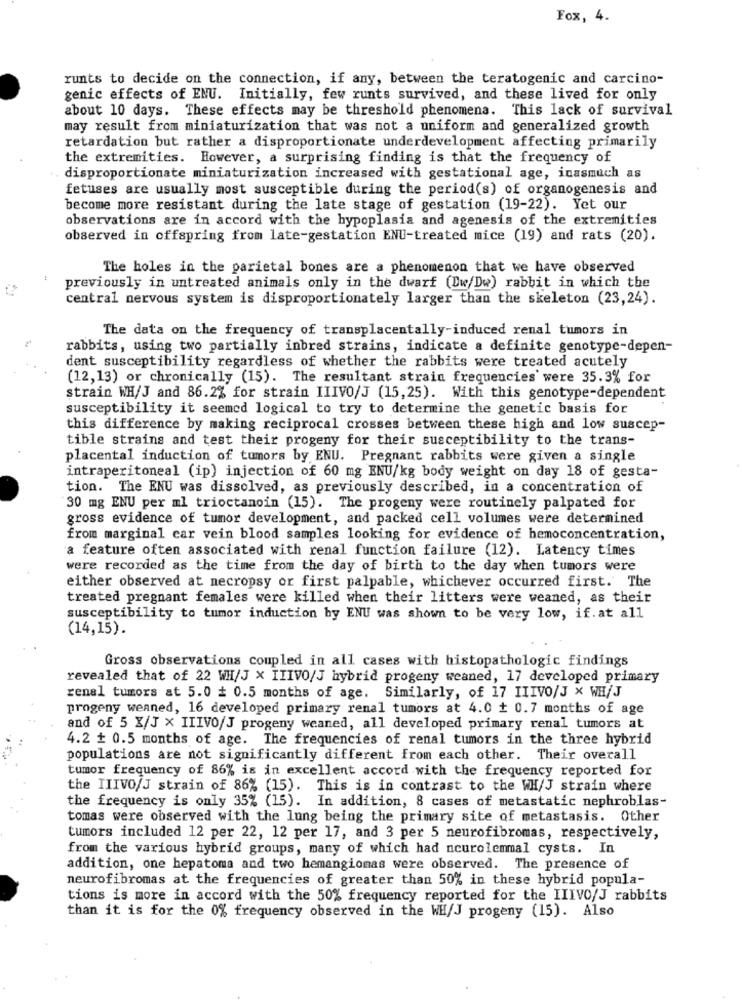
Fox, 4.
runts to decide on the connection, if any, between the teratogenic and carcino-
genic effects of ENU. Initially, few runts survived, and these lived for only
about 10 days. These effects may be threshold phenomena. This lack of survival
may result from miniaturization that was not a uniform and generalized growth
retardation but rather a disproportionate underdevelopment affecting primarily
the extremities. However, a surprising finding is that the frequency of
disproportionate miniaturization increased with gestational age, inasmuch as
fetuses are usually most susceptible during the period(s) of organogenesis and
become more resistant during the late stage of gestation (19-22). Yet our
observations are in accord with the hypoplasia and agenesis of the extremities
observed in offspring from late-gestation ENU-treated mice (19) and rats (20).
The holes in the parietal bones are a phenomenon that we have observed
previously in untreated animals only in the dwarf (Dw/Dw) rabbit in which the
central nervous system is disproportionately larger than the skeleton (23,24).
The data on the frequency of transplacentally-induced renal tumors in
rabbits, using two partially inbred strains, indicate a definite genotype-depen-
dent susceptibility regardless of whether the rabbits were treated acutely
(12,13) or chronically (15). The resultant strain frequencies were 35.3% for
strain WH/J and 86.2% for strain IIIVO/J (15,25). With this genotype-dependent
susceptibility it seemed logical to try to determine the genetic basis for
this difference by making reciprocal crosses between these high and low suscep-
tible strains and test their progeny for their susceptibility to the trans-
placental induction of tumors by ENU. Pregnant rabbits were given a single
intraperitoneal (ip) injection of 60 mg ENU/kg body weight on day 18 of gesta-
tion. The ENU was dissolved, as previously described, in a concentration of
30 mg ENU per ml trioctanoin (15). The progeny were routinely palpated for
gross evidence of tumor development, and packed cell volumes were determined
from marginal car vein blood samples looking for evidence of hemoconcentration,
a feature often associated with renal function failure (12). Latency times
were recorded as the time from the day of birth to the day when tumors were
either observed at necropsy or first palpable, whichever occurred first. The
treated pregnant females were killed when their litters were weaned, as their
susceptibility to tumor induction by ENU was shown to be very low, if. at all
(14,15).
Gross observations coupled in all cases with histopathologic findings
revealed that of 22 WH/J x IIIVO/J hybrid progeny weaned, 17 developed primary
renal tumors at 5.0 # 0.5 months of age. Similarly, of 17 IIIVO/J X WH/J
progeny weaned, 16 developed primary renal tumors at 4.0 + 0.7 months of age
and of 5 X/J x IIIVO/J progeny weaned, all developed primary renal tumors at
4.2 + 0.5 months of age. The frequencies of renal tumors in the three hybrid
populations are not significantly different from each other. Their overall
tumor frequency of 86% is in excellent accord with the frequency reported for
the IIIVO/J strain of 86% (15). This is in contrast to the WH/J strain where
the frequency is only 35% (15). In addition, 8 cases of metastatic nephroblas-
tomas were observed with the lung being the primary site of metastasis. Other
tumors included 12 per 22, 12 per 17, and 3 per 5 neurofibromas, respectively,
from the various hybrid groups, many of which had neurolemmal cysts. In
addition, one hepatoma and two hemangiomas were observed. The presence of
neurofibromas at the frequencies of greater than 50% in these hybrid popula-
tions is more in accord with the 50% frequency reported for the IIIVO/J rabbits
than it is for the 0% frequency observed in the WH/J progeny (15). Also